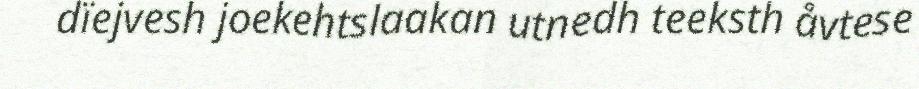
dïejvesh joekehtslaakan utnedh teeksth åvtese